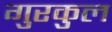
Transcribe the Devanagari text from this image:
गुरकुल